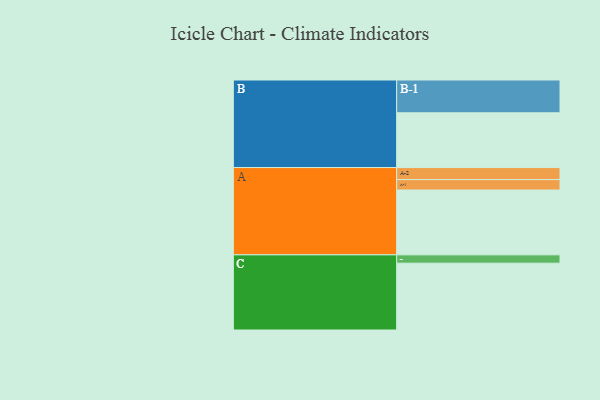
{"axis": {"x": "Segment", "y": "Value"}, "legend": ["", "A", "B", "C"], "data": [{"x": "A", "y": 528, "type": ""}, {"x": "B", "y": 446, "type": ""}, {"x": "C", "y": 544, "type": ""}, {"x": "A-1", "y": 85, "type": "A"}, {"x": "A-2", "y": 98, "type": "A"}, {"x": "B-1", "y": 267, "type": "B"}, {"x": "C-1", "y": 68, "type": "C"}]}